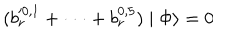
( b _ { r } ^ { \prime 0 , 1 } + \cdot \cdot \cdot + b _ { r } ^ { 0 , 5 } ) \mid \Phi \rangle = 0